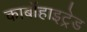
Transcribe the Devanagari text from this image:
कार्बोहाइट्रेड